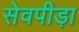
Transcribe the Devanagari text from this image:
सेवपीड़ा